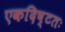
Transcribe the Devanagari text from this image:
एकदिष्‍टतः